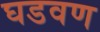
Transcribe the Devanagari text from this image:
घडवण